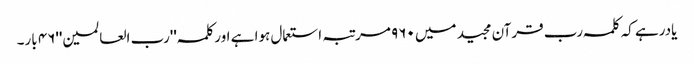
یادرہے کہ کلمہ رب قرآن مجید میں ٩٦٠ مرتبہ استعمال ہوا ہے اورکلمہ ''رب العالمین''٤٦ بار۔